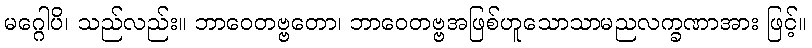
မဂ္ဂေါပိ၊ သည်လည်း။ ဘာဝေတဗ္ဗတော၊ ဘာဝေတဗ္ဗအဖြစ်ဟူသောသာမညလက္ခဏာအား ဖြင့်။